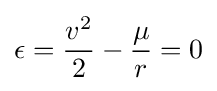
\epsilon ={v^{2} \over 2}-{\mu  \over {r}}=0